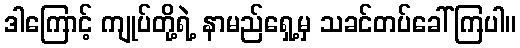
ဒါကြောင့် ကျုပ်တို့ရဲ့ နာမည်ရှေ့မှ သခင်တပ်ခေါ်ကြပါ။